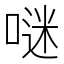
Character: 𠺗